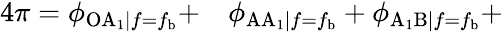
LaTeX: \begin{array}{rl}{4\pi=\phi_{\mathrm{OA}_{1}|f=f_{\mathrm{b}}}+}&{{}\phi_{\mathrm{AA}_{1}|f=f_{\mathrm{b}}}+\phi_{\mathrm{A_{1}B}|f=f_{\mathrm{b}}}+}\end{array}